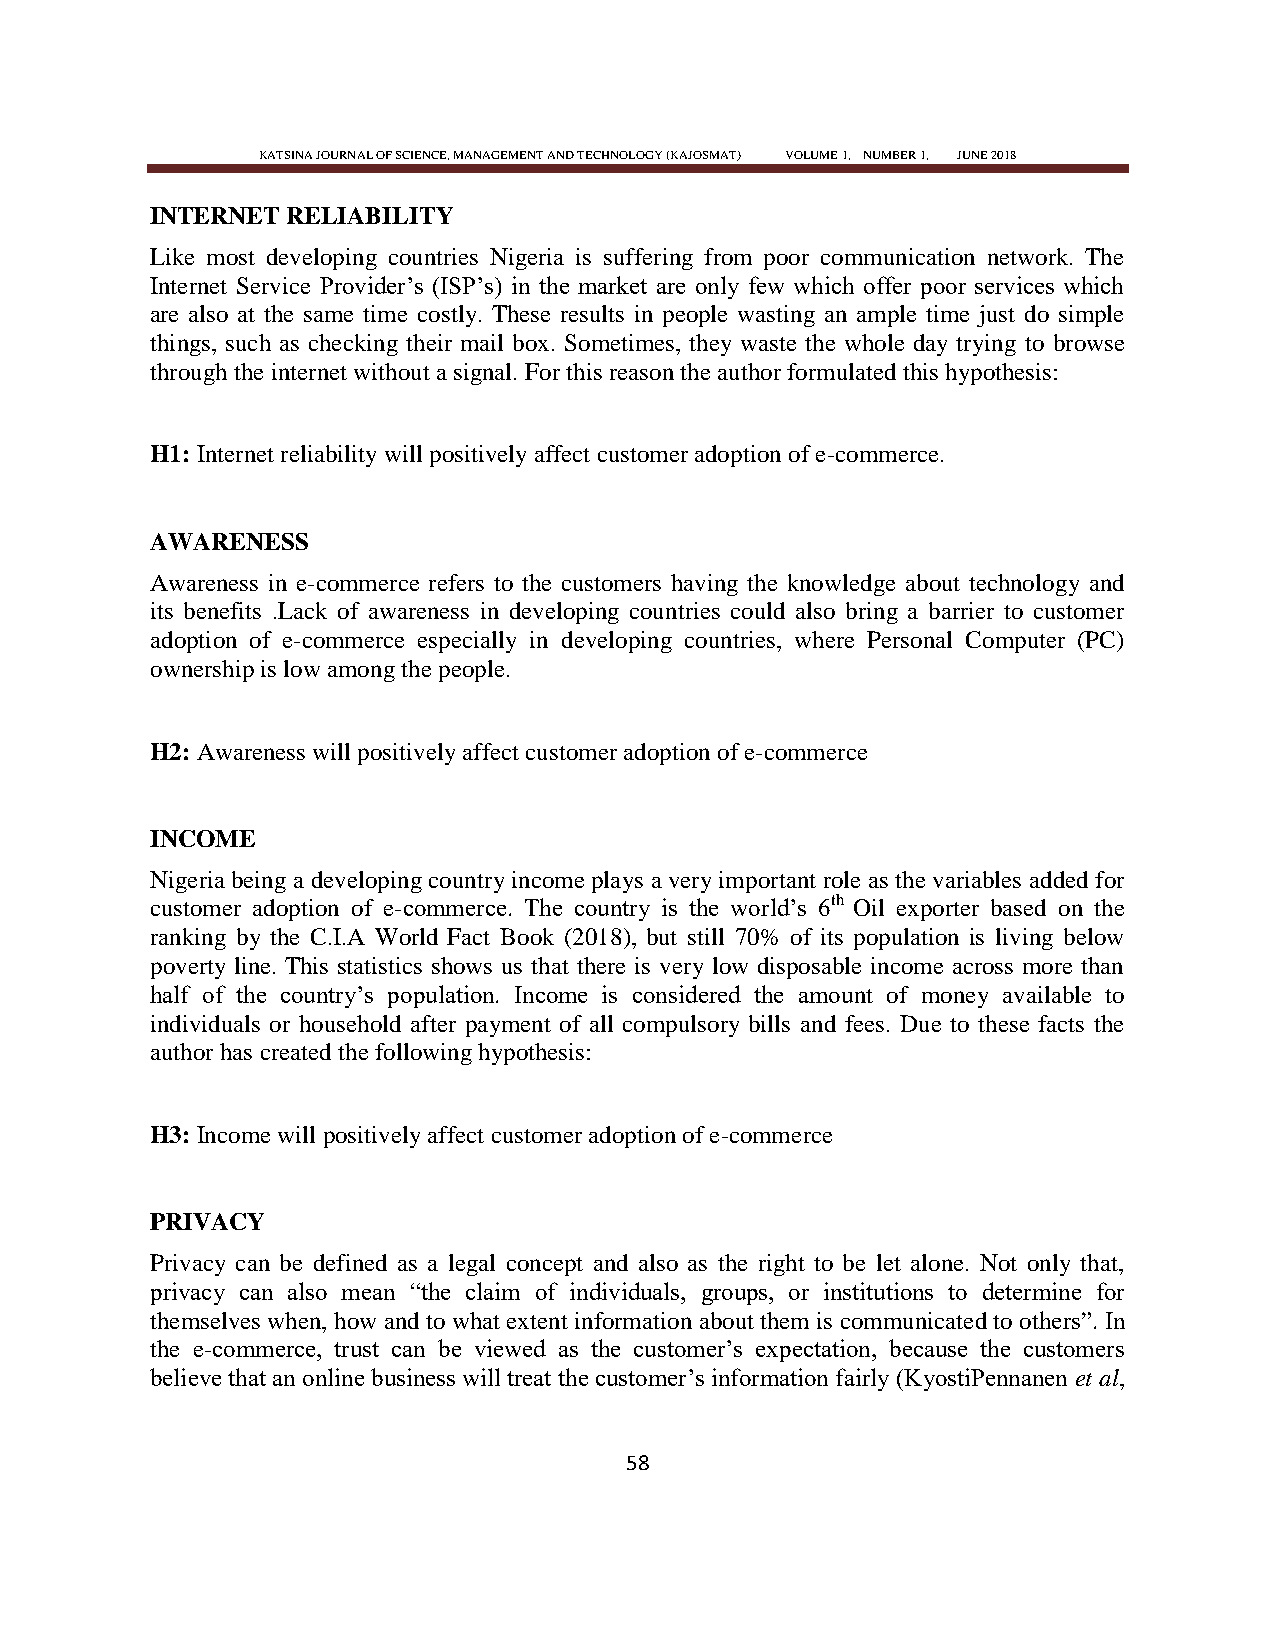
KATSINA JOURNAL OF SCIENCE, MANAGEMENT AND TECHNOLOGY (KAJOSMAT) VOLUME 1, NUMBER 1, JUNE 2018
 INTERNET RELIABILITY
 Like most developing countries Nigeria is suffering from poor communication network. The
 Internet Service Provider‘s (ISP‘s) in the market are only few which offer poor services which
 are also at the same time costly. These results in people wasting an ample time just do simple
 things, such as checking their mail box. Sometimes, they waste the whole day trying to browse
 through the internet without a signal. For this reason the author formulated this hypothesis:
 H1: Internet reliability will positively affect customer adoption of e-commerce.
 AWARENESS
 Awareness in e-commerce refers to the customers having the knowledge about technology and
 its benefits .Lack of awareness in developing countries could also bring a barrier to customer
 adoption of e-commerce especially in developing countries, where Personal Computer (PC)
 ownership is low among the people.
 H2: Awareness will positively affect customer adoption of e-commerce
 INCOME
 Nigeria being a developing country income plays a very important role as the variables added for
 customer adoption of e-commerce. The country is the world‘s 6th Oil exporter based on the
 ranking by the C.I.A World Fact Book (2018), but still 70% of its population is living below
 poverty line. This statistics shows us that there is very low disposable income across more than
 half of the country‘s population. Income is considered the amount of money available to
 individuals or household after payment of all compulsory bills and fees. Due to these facts the
 author has created the following hypothesis:
 H3: Income will positively affect customer adoption of e-commerce
 PRIVACY
 Privacy can be defined as a legal concept and also as the right to be let alone. Not only that,
 privacy can also mean ―the claim of individuals, groups, or institutions to determine for
 themselves when, how and to what extent information about them is communicated to others‖. In
 the e-commerce, trust can be viewed as the customer‘s expectation, because the customers
 believe that an online business will treat the customer‘s information fairly (KyostiPennanen et al,
 58